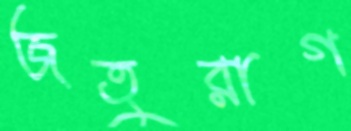
জতুরাগ